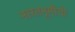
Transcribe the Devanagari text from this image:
भारतभूमीची